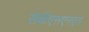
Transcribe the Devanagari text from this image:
सेबीएसएनएल